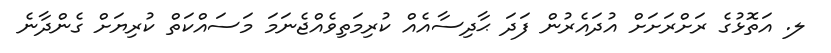
ލ. އަތޮޅުގެ ރަށްރަށަށް އުދައެރުން ފަދަ ޙާދިސާއެއް ކުރިމަތިވެއްޖެނަމަ މަސައްކަތް ކުރިޔަށް ގެންދާނެ